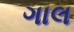
ગાલ